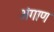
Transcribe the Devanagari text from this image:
अंगाण